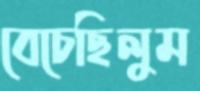
বেচেছিলুম